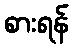
စားရန်